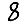
Digit: 8